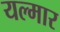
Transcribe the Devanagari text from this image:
यल्मार